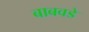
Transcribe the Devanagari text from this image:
बाबवडे